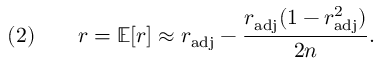
( 2 ) \qquad r = \operatorname { \mathbb { E } } [ r ] \approx r _ { \mathrm { a d j } } - { \frac { r _ { \mathrm { a d j } } ( 1 - r _ { \mathrm { a d j } } ^ { 2 } ) } { 2 n } } .